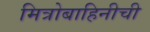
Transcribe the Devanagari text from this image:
मित्रोबाहिनीची